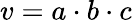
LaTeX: v=a\cdot b\cdot c